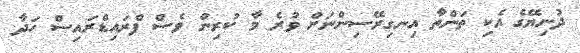
ދުނިޔޭގެ އެކި ތަންތާ އިނގިރޭސިންނަށް ވުރެ މާ ކުރިން ވެސް ފްރައިޑްރައިސް ހަދާ